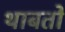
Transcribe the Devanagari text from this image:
थाबतो